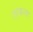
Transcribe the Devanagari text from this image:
शाकला